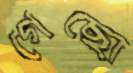
গেছো